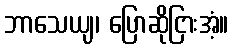
ဘာသေယျ၊ ပြောဆိုငြားအံ့။